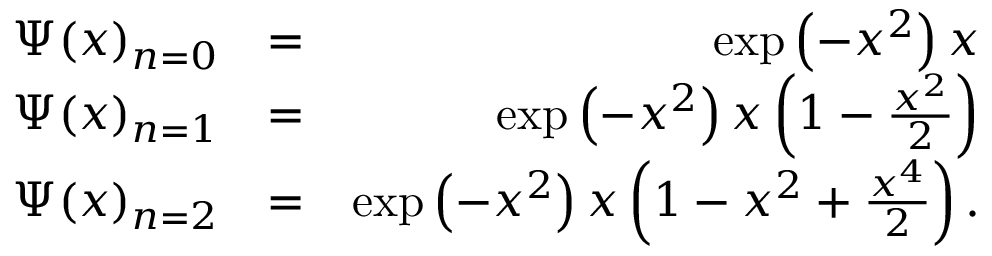
\begin{array} { r l r } { \Psi ( x ) _ { n = 0 } } & { = } & { \exp \left( - x ^ { 2 } \right) x } \\ { \Psi ( x ) _ { n = 1 } } & { = } & { \exp \left( - x ^ { 2 } \right) x \left( 1 - \frac { x ^ { 2 } } { 2 } \right) } \\ { \Psi ( x ) _ { n = 2 } } & { = } & { \exp \left( - x ^ { 2 } \right) x \left( 1 - x ^ { 2 } + \frac { x ^ { 4 } } { 2 } \right) . } \end{array}